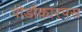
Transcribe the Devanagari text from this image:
पोडौकारपस